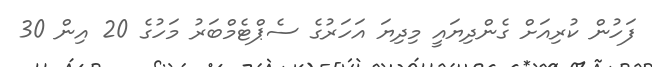
ފަހުން ކުރިިއަށް ގެންދިޔައީ މިދިޔަ އަހަރުގެ ސެޕްޓެމްބަރު މަހުގެ 20 އިން 30